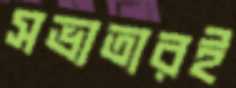
সভ্যতারই